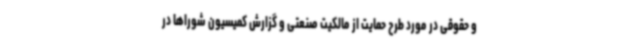
و حقوقی در مورد طرح حمایت از مالکیت صنعتی و گزارش کمیسیون شوراها در